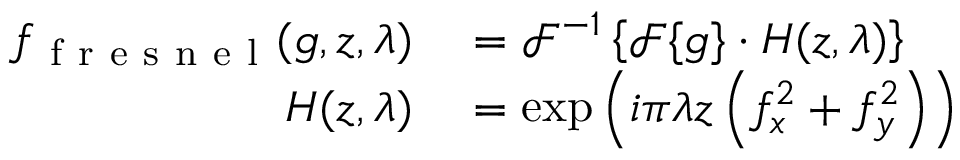
\begin{array} { r l } { f _ { \mathrm { ~ f ~ r ~ e ~ s ~ n ~ e ~ l ~ } } ( g , z , \lambda ) } & { { } = \mathcal { F } ^ { - 1 } \left\{ \mathcal { F } \{ g \} \cdot H ( z , \lambda ) \right\} } \\ { H ( z , \lambda ) } & { { } = \exp \left( i \pi \lambda z \left( f _ { x } ^ { 2 } + f _ { y } ^ { 2 } \right) \right) } \end{array}